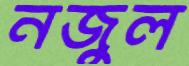
নজুল